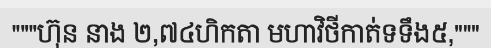
"""ហ៊ុន នាង ២,៧៤ហិកតា មហាវិថីកាត់ទទឹង៥,"""